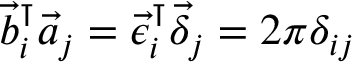
\vec { b } _ { i } ^ { \intercal } \vec { a } _ { j } = \vec { \epsilon } _ { i } ^ { \intercal } \vec { \delta } _ { j } = 2 \pi \delta _ { i j }